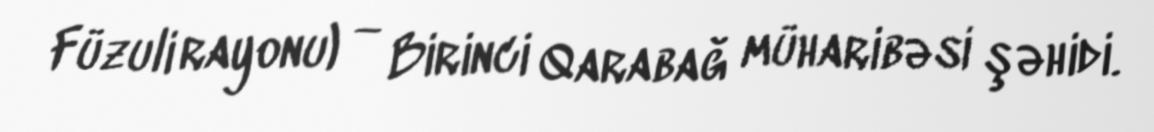
Füzuli rayonu) — Birinci Qarabağ müharibəsi şəhidi.